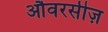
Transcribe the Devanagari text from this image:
औवरसीज़